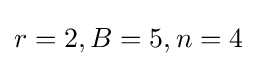
r=2,B=5,n=4